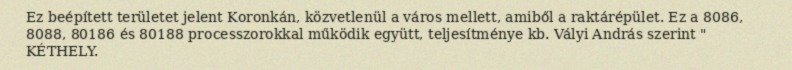
Ez beépített területet jelent Koronkán, közvetlenül a város mellett, amiből a raktárépület. Ez a 8086, 8088, 80186 és 80188 processzorokkal működik együtt, teljesítménye kb. Vályi András szerint " KÉTHELY.